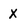
Character: X